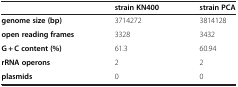
<table><thead><tr><td><b> </b></td><td><b>strain KN400</b></td><td><b>strain PCA</b></td></tr></thead><tbody><tr><td><b>genome size (bp)</b></td><td>3714272</td><td>3814128</td></tr><tr><td><b>open reading frames</b></td><td>3328</td><td>3432</td></tr><tr><td><b>G + C content (%)</b></td><td>61.3</td><td>60.94</td></tr><tr><td><b>rRNA operons</b></td><td>2</td><td>2</td></tr><tr><td><b>plasmids</b></td><td>0</td><td>0</td></tr></tbody></table>